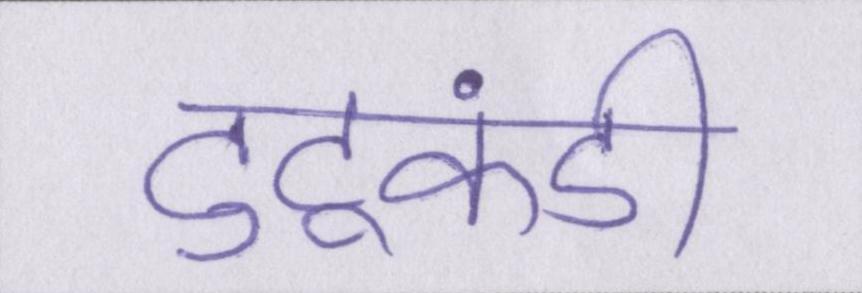
टुटूकंडी